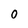
Character: 0